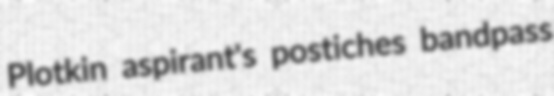
Plotkin aspirant's postiches bandpass